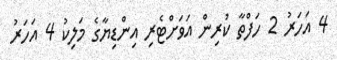
4 އަހަރު 2 ހަފްތާ ކުރިން އަވަށްޓެރި އިންޑިޔާގެ މަލިކު 4 އަހަރު